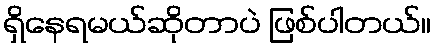
ရှိနေရမယ်ဆိုတာပဲ ဖြစ်ပါတယ်။